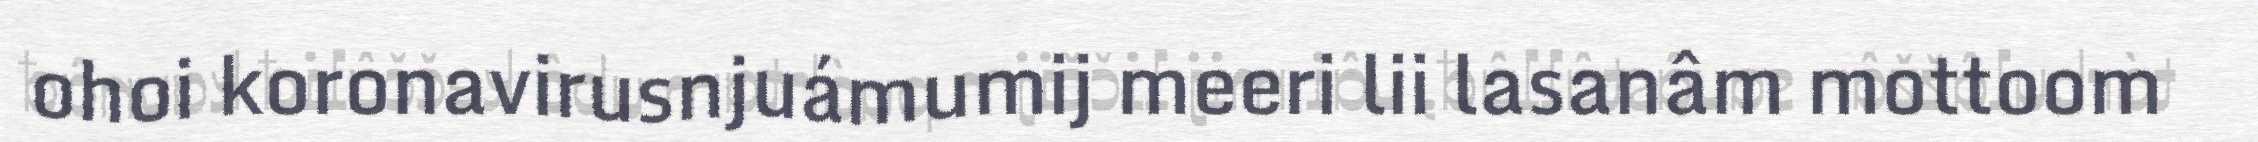
ohoi koronavirusnjuámumij meeri lii lasanâm mottoom